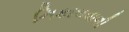
નિકાલવાળી